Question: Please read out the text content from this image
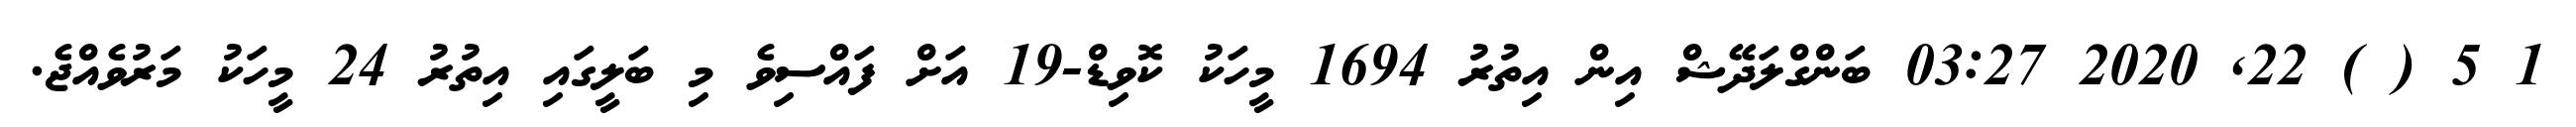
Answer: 1 5 ( ) 22, 2020 03:27 ބަންގްލަދޭޝް އިން އިތުރު 1694 މީހަކު ކޮވިޑް-19 އަށް ފައްސިވެ މި ބަލީގައި އިތުރު 24 މީހަކު މަރުވެއްޖެ.